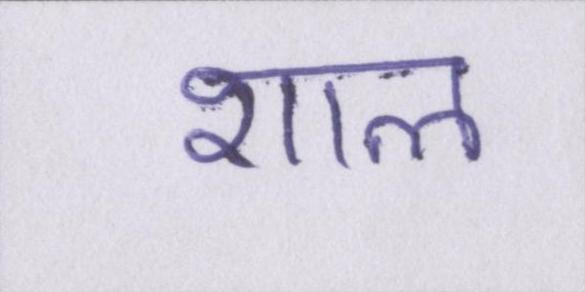
शाल